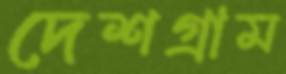
দেশগ্রাম